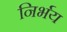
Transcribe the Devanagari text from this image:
निर्भय